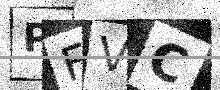
Text: PFVC